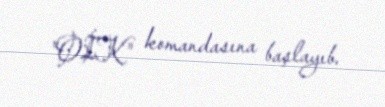
"OİK" komandasına başlayıb.